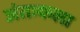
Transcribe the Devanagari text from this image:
अंतःकला